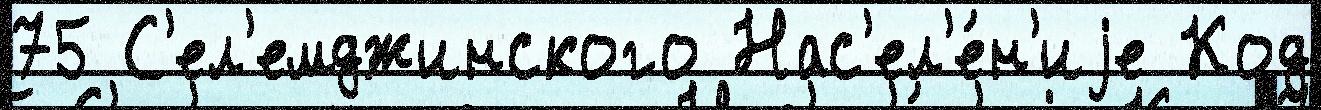
75 С'ел'емджинского Нас'ел'е́н'иjе Код